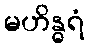
မဟိန္ဓရံ